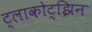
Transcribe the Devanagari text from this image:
ट्लाकोट्झिन